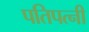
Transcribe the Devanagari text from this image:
पतिपत्‍नी